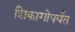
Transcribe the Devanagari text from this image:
शिकागोपर्यंत